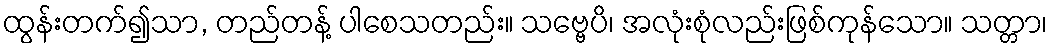
ထွန်းတက်၍သာ, တည်တန့် ပါစေသတည်း။ သဗ္ဗေပိ၊ အလုံးစုံလည်းဖြစ်ကုန်သော။ သတ္တာ၊